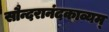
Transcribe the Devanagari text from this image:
सौन्दरानंदकाव्यम्